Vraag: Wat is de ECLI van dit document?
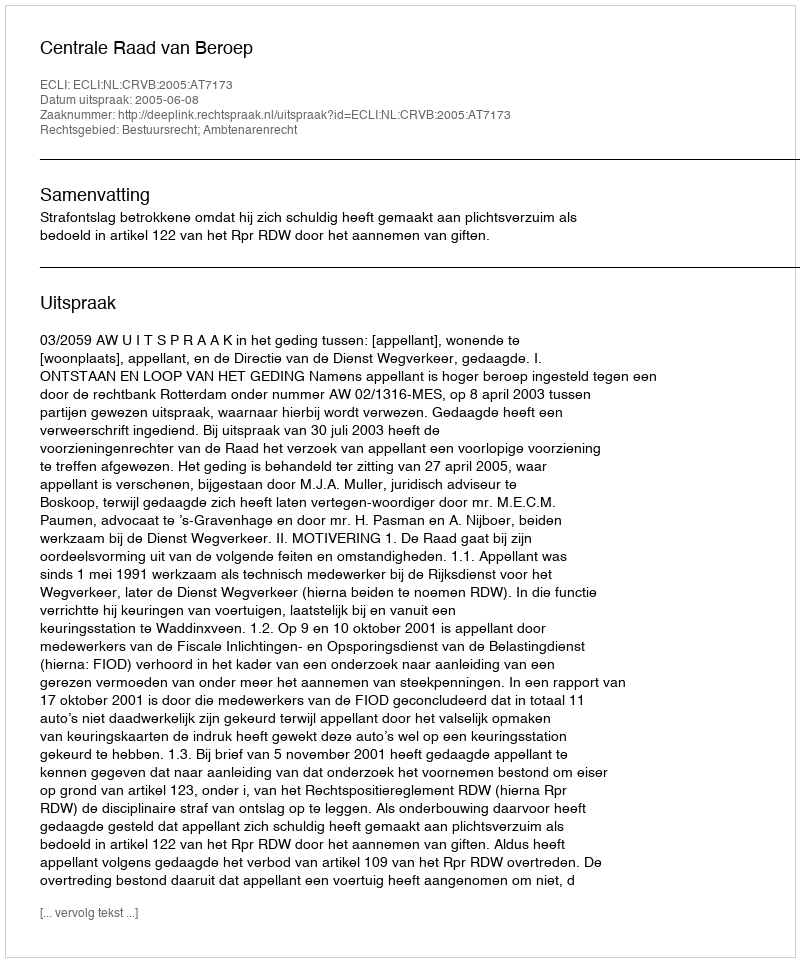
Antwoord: ECLI:NL:CRVB:2005:AT7173